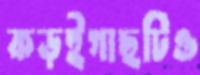
কড়ইগাছটিও